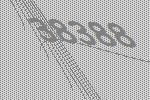
38388